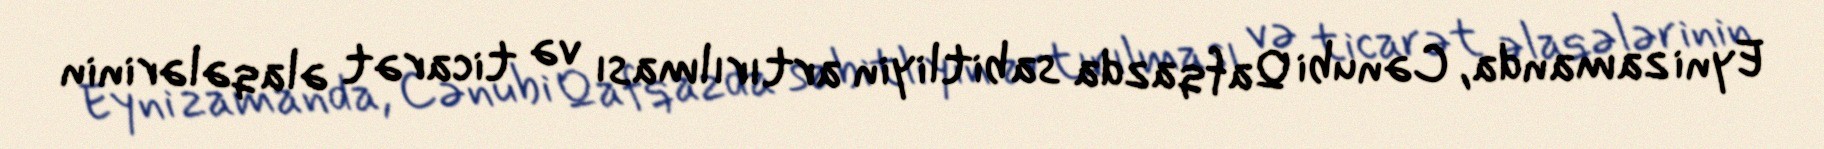
Eyni zamanda, Cənubi Qafqazda sabitliyin artırılması və ticarət əlaqələrinin